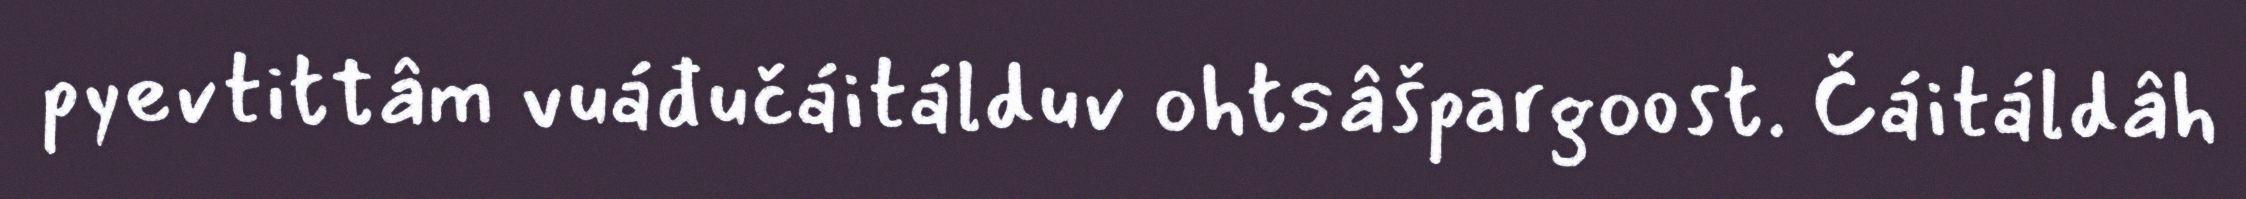
pyevtittâm vuáđučáitálduv ohtsâšpargoost. Čáitáldâh